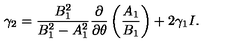
\gamma _ { 2 } = \frac { B _ { 1 } ^ { 2 } } { B _ { 1 } ^ { 2 } - A _ { 1 } ^ { 2 } } \frac { \partial } { \partial \theta } \left( \frac { A _ { 1 } } { B _ { 1 } } \right) + 2 \gamma _ { 1 } I .